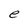
Character: e